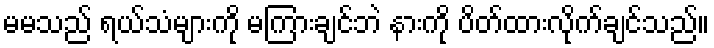
မမသည် ရယ်သံများကို မကြားချင်ဘဲ နားကို ပိတ်ထားလိုက်ချင်သည်။